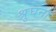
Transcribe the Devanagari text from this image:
श्रुघना